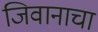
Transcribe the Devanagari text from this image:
जिवानाचा